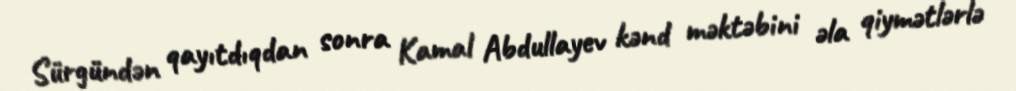
Sürgündən qayıtdıqdan sonra Kamal Abdullayev kənd məktəbini əla qiymətlərlə